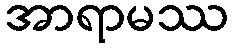
အာရာမဿ